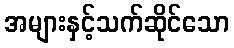
အများနှင့်သက်ဆိုင်သော